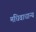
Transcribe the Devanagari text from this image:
मधिवाधान्य